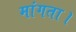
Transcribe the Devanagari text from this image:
मांगता।